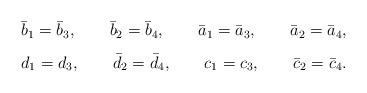
LaTeX: \begin{align*}\begin{array}{l}\bar{b}_{1} = \bar{b}_{3}, \qquad \bar{b}_{2}=\bar{b}_{4}, \qquad\bar{a}_{1}=\bar{a}_{3},\qquad \bar{a}_{2}=\bar{a}_{4},\\\vspace{-2mm}\\d_{1}=d_{3}, \qquad \bar{d}_{2}=\bar{d}_{4}, \qquad c_{1}=c_{3},\qquad \bar{c}_{2}=\bar{c}_{4}.\end{array}\end{align*}